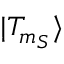
\vert { T _ { m _ { S } } } \rangle